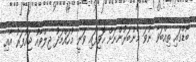
ބޯޑްގައި ތިއްބަވާ ނުވަ މެންބަރުންނަށް ހޮވިފައި ވަނީ މުހައްމަދު ޖިލްވާއު ޖައުފަރު އާއި